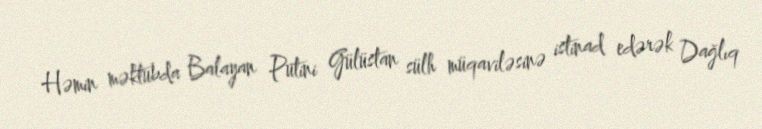
Həmin məktubda Balayan Putini Gülüstan sülh müqaviləsinə istinad edərək Dağlıq